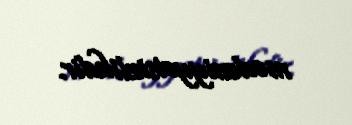
mədəniyyətsizlikdir.